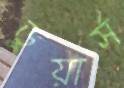
ডুয়ার্স